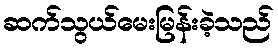
ဆက်သွယ်မေးမြန်းခဲ့သည်